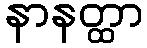
နာနတ္ထာ